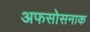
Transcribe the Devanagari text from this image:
अफसोसनाक